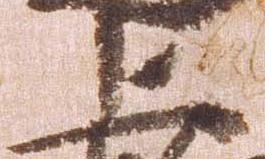
上